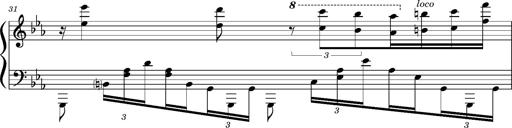
Title: PrÃ©ludes et Harmonies poÃ©tiques et religieuses
Composer: Franz Liszt